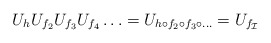
\begin{align*}U_h U_{f_2}U_{f_3} U_{f_4} \ldots=U_{h \circ f_2 \circ f_3 \circ \ldots}=U_{f_{\cal I}}\end{align*}